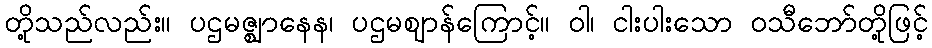
တို့သည်လည်း။ ပဌမဇ္ဈာနေန၊ ပဌမဈာန်ကြောင့်။ ဝါ၊ ငါးပါးသော ဝသီဘော်တို့ဖြင့်